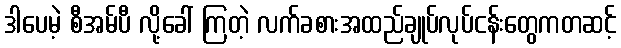
ဒါပေမဲ့ စီအမ်ပီ လို့ခေါ် ကြတဲ့ လက်ခစားအထည်ချုပ်လုပ်ငန်းတွေကတဆင့်